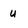
Character: u